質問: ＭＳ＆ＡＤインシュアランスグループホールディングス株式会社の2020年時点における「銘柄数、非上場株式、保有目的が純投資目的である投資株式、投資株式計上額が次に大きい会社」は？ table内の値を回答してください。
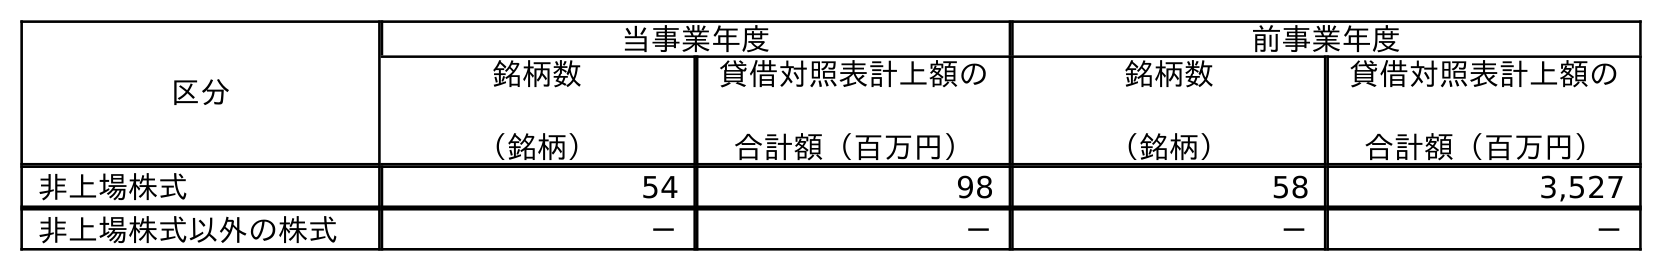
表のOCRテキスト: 区分 当事業年度 前事業年度 銘柄数 （銘柄） 貸借対照表計上額の 合計額（百万円） 銘柄数 （銘柄） 貸借対照表計上額の 合計額（百万円） 非上場株式 54 98 58 3,527 非上場株式以外の株式 － － － －
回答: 54